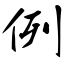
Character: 例